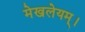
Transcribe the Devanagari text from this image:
मेखलेयम्।